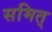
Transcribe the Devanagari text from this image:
समित्